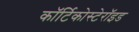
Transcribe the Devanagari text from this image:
कॉर्टिकोस्टेरॉइड